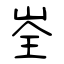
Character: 峑